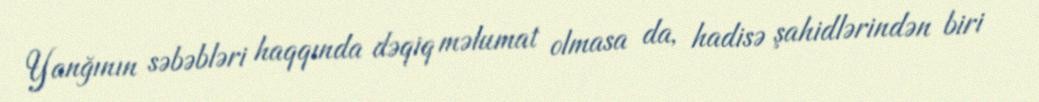
Yanğının səbəbləri haqqında dəqiq məlumat olmasa da, hadisə şahidlərindən biri